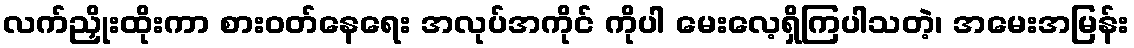
လက်ညှိုးထိုးကာ စားဝတ်နေရေး အလုပ်အကိုင် ကိုပါ မေးလေ့ရှိကြပါသတဲ့၊ အမေးအမြန်း